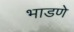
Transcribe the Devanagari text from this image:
भाडणे